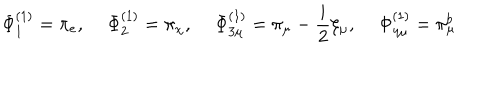
\Phi _ { 1 } ^ { ( 1 ) } = \pi _ { e } , \quad \, \Phi _ { 2 } ^ { ( 1 ) } = \pi _ { \chi } , \, \quad \Phi _ { 3 \mu } ^ { ( 1 ) } = \pi _ { \mu } - \frac { i } { 2 } \xi _ { \mu } , \quad \, \Phi _ { 4 \mu } ^ { ( 1 ) } = \pi _ { \mu } ^ { b }